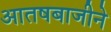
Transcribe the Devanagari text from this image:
आतषबाजीने